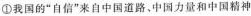
①我国的”自信”来自中国道路，中国力量和中国精神